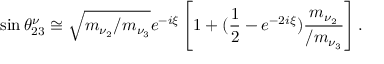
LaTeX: \sin \theta _ { 2 3 } ^ { \nu } \cong \sqrt { m _ { \nu _ { 2 } } / m _ { \nu _ { 3 } } } e ^ { - i \xi } \left[ 1 + ( \frac { 1 } { 2 } - e ^ { - 2 i \xi } ) \frac { m _ { \nu _ { 2 } } } { / m _ { \nu _ { 3 } } } \right] .